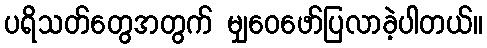
ပရိသတ်တွေအတွက် မျှဝေဖော်ပြလာခဲ့ပါတယ်။